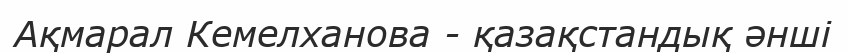
Ақмарал Кемелханова - қазақстандық әнші